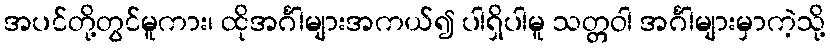
အပင်တို့တွင်မူကား၊ ထိုအင်္ဂါများအကယ်၍ ပါရှိပါမူ သတ္တဝါ အင်္ဂါများမှာကဲ့သို့